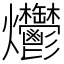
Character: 爩